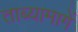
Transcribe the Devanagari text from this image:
ताब्यामागें